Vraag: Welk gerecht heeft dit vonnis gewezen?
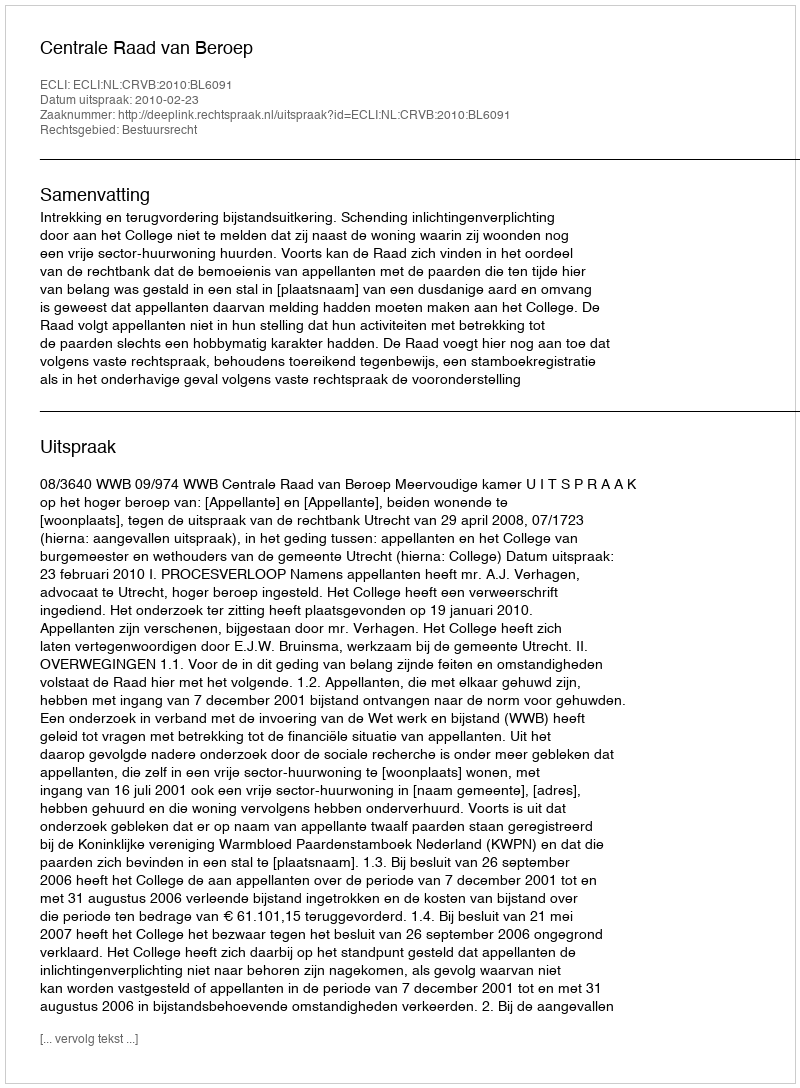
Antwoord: Centrale Raad van Beroep